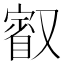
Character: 𭆷